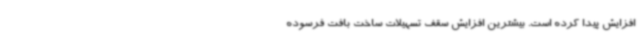
افزایش پیدا کرده است. بیشترین افزایش سقف تسهیلات ساخت بافت فرسوده